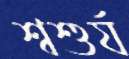
শ্বশুর্য